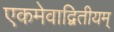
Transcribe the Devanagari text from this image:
एकमेवाद्वितीयम्‌